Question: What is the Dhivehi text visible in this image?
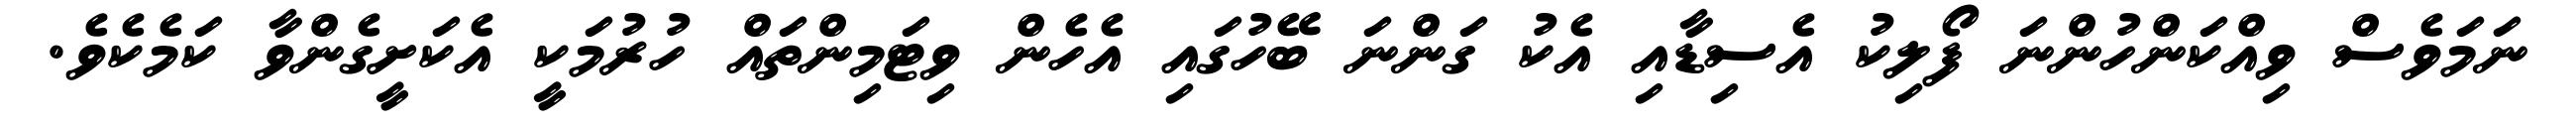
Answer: ނަމަވެސް ވިއްކަންހުންނަ ފޯލިކު އެސިޑާއި އެކު ގަންނަ ބޭހުގައި އެހެން ވިޓަމިންތައް ހުރުމަކީ އެކަށީގެންވާ ކަމެކެވެ.